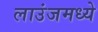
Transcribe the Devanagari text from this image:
लाउंजमध्ये